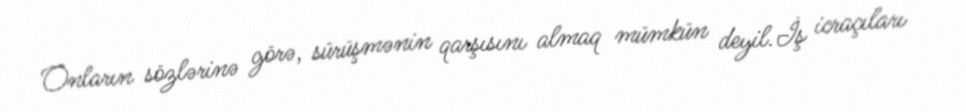
Onların sözlərinə görə, sürüşmənin qarşısını almaq mümkün deyil.İş icraçıları